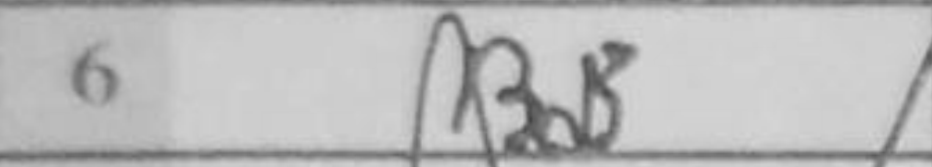
Transcription: Bd3